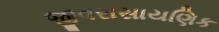
જીવરાસાયણિક